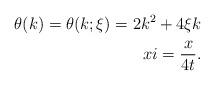
LaTeX: \begin{align*}\theta(k)=\theta(k;\xi) = 2k^2+4\xi k \\xi=\frac{x}{4t}.\end{align*}